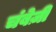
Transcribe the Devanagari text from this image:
चंबेज़ी